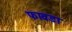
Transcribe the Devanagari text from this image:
फावडा